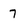
Character: 7